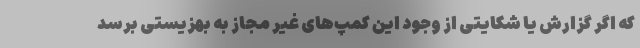
که اگر گزارش یا شکایتی از وجود این کمپ‌های غیر مجاز به بهزیستی برسد